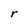
Character: r